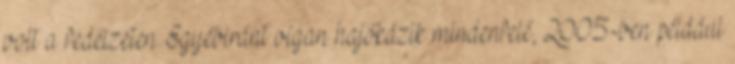
volt a fedélzeten. Egyéb­iránt vígan hajókázik mindenfelé, 2005-ben például